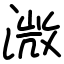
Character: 溦